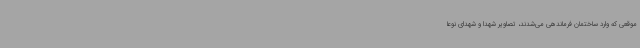
موقعی که وارد ساختمان فرماندهی می‌شدند، تصاویر شهدا و شهدای نوعاً